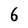
Character: 6